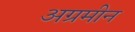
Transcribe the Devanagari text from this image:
अग्रमीन